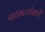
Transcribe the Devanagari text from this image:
पायमल्लीसाठी